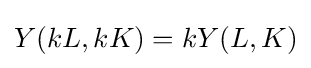
Y(kL,kK)=kY(L,K)